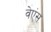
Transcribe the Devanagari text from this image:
वेएंस